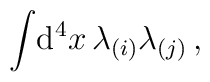
\int \!{\rm d}^4 x \,\lambda_{(i)}\lambda_{(j)}\,,